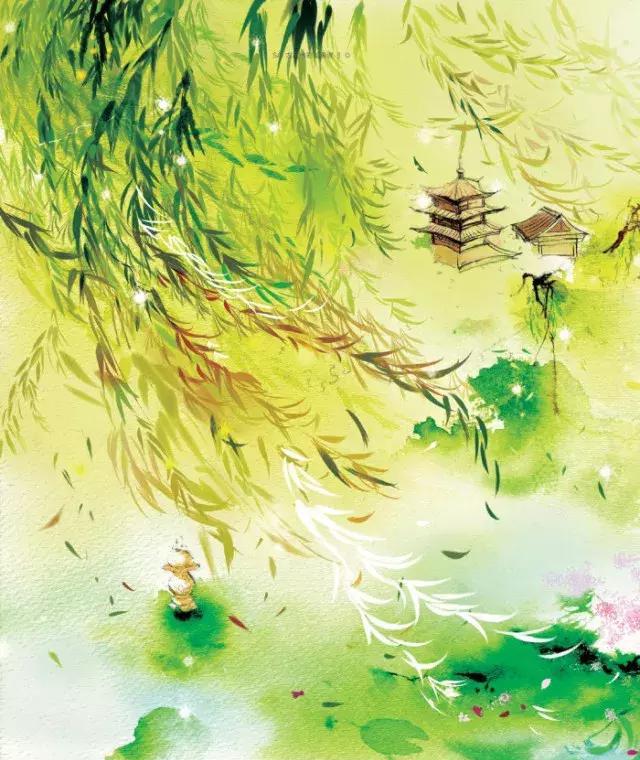
林花扫更落，径草踏还生。